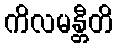
ကိလမန္တီတိ